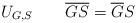
LaTeX: \begin{align*}U_{G,S}\quad\quad\overline{GS}=\overline{G}S\end{align*}